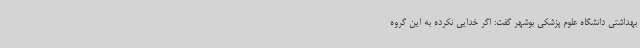
بهداشتی دانشگاه علوم پزشکی بوشهر گفت: اگر خدایی نکرده به این گروه